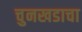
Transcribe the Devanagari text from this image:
चुनखडाचा